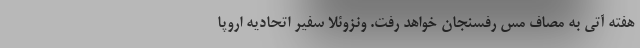
هفته آتی به مصاف مس رفسنجان خواهد رفت. ونزوئلا سفیر اتحادیه اروپا